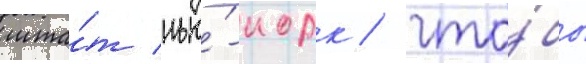
шта́т нью́-иорк / что́бы